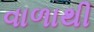
વાળાથી